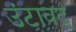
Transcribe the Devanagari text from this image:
उंटावद